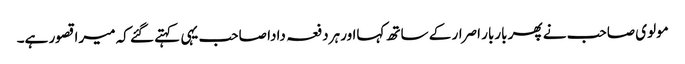
مولوی صاحب نے پھر باربار اصرار کے ساتھ کہااور ہردفعہ دادا صاحب یہی کہتے گئے کہ میرا قصور ہے۔